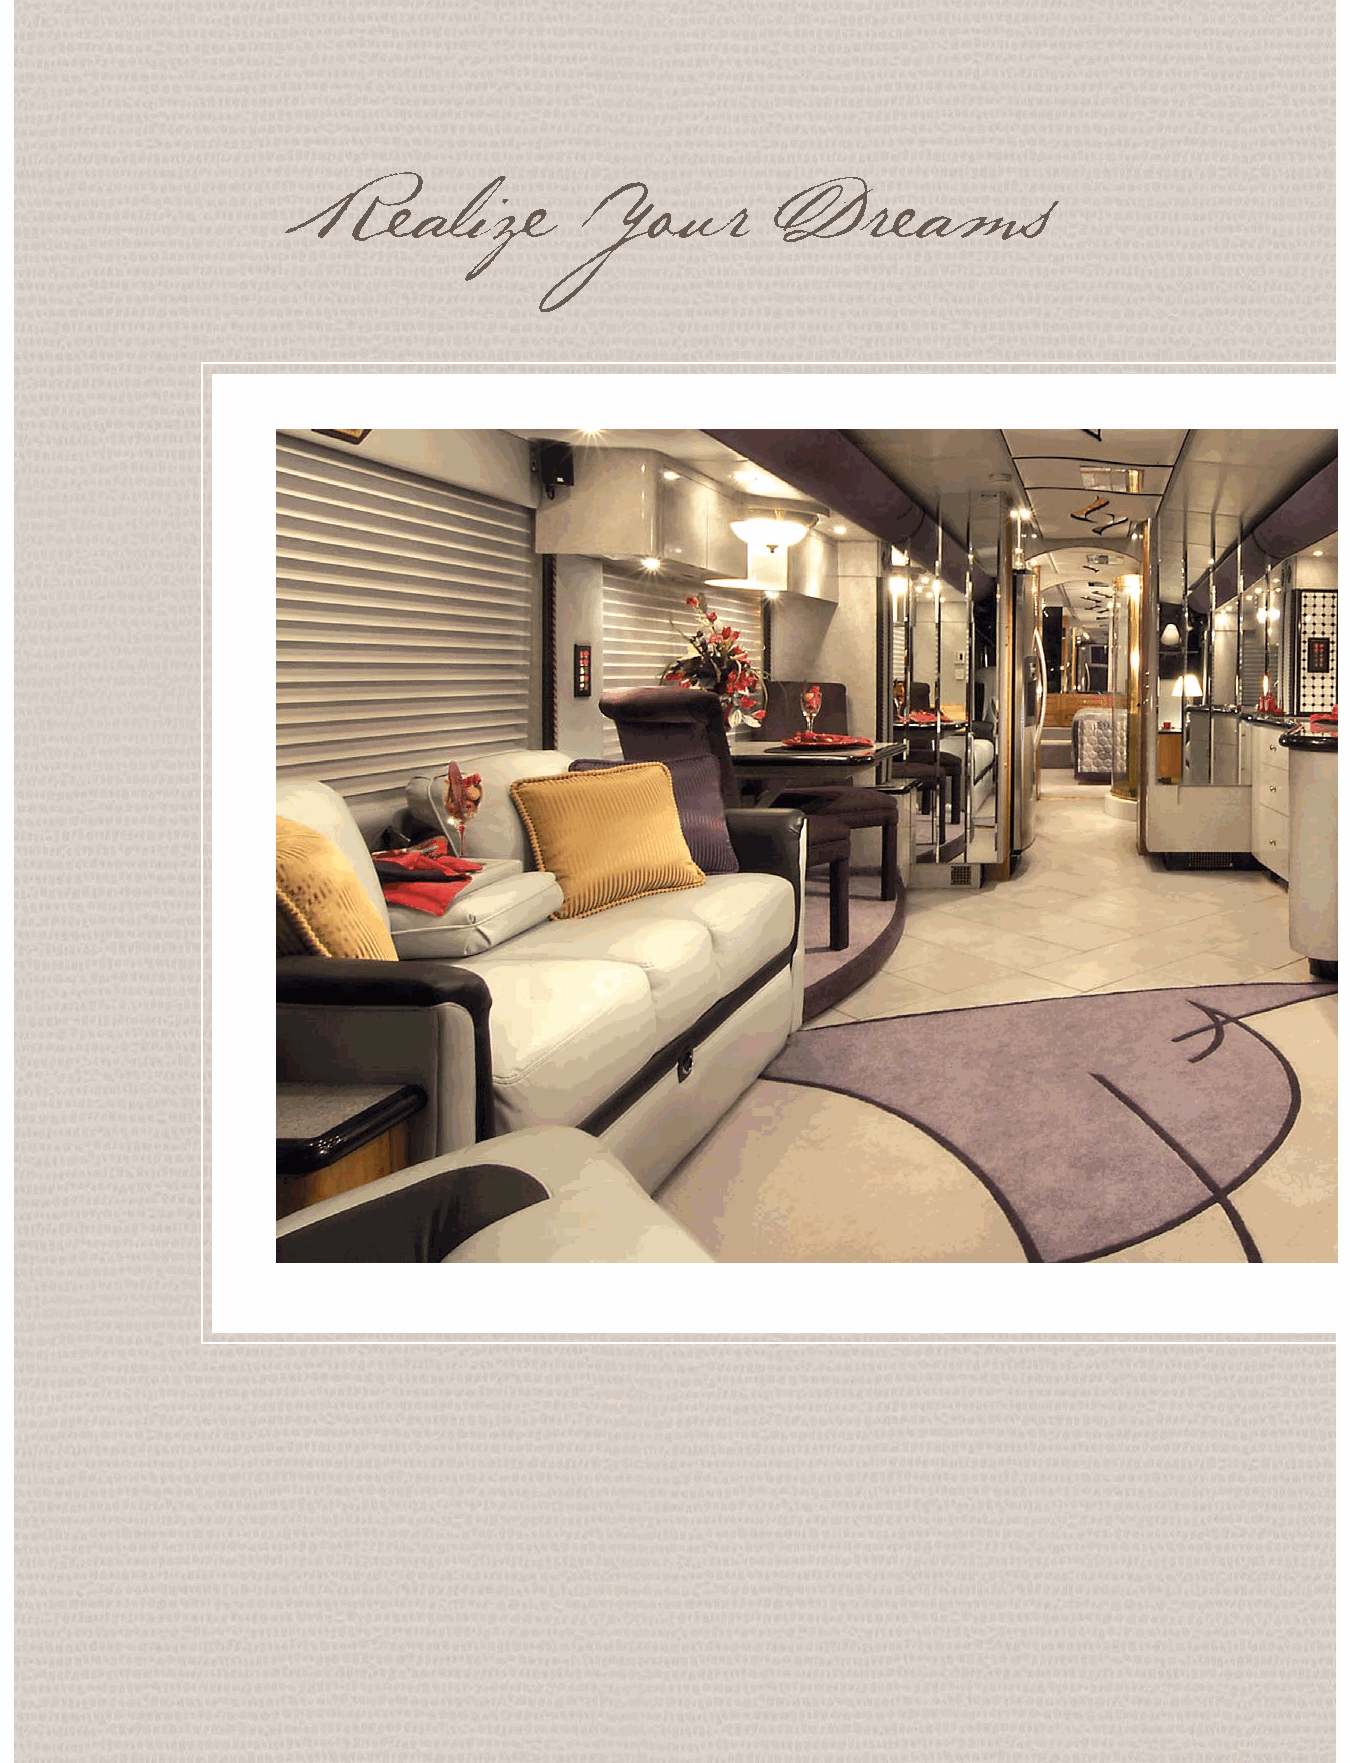
Realize          You      r    Drea        ms